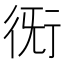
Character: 𧗨